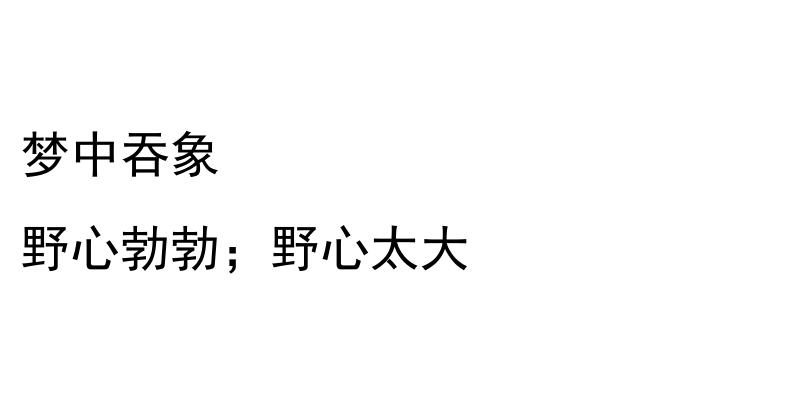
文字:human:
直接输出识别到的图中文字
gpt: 梦中吞象 野心勃勃；野心太大